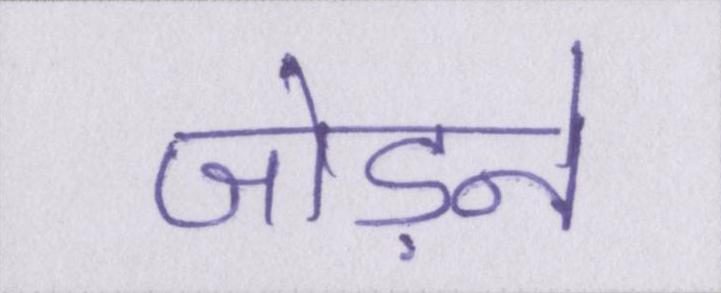
जोड़ने